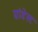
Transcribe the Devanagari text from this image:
ग्रांडेस्ट